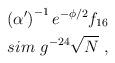
LaTeX: \begin{align*}\left( \alpha' \right)^{- 1} e^{- \phi/2} f_{16} \\sim \ g^{-24} \sqrt{N} \ ,\end{align*}